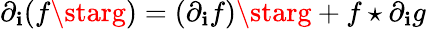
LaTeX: \partial_{\mathbf{i}}(f\starg)=(\partial_{\mathbf{i}}f)\starg+f\star\partial_{\mathbf{i}}g